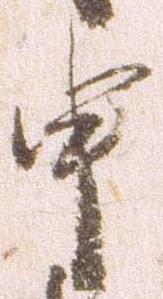
申